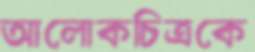
আলোকচিত্রকে